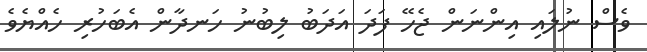
ވެސް ނުލައި އިންނަން ޖެހޭ ފަދަ އަދަބު ލިބުނު ހަނދާން އެބަހުރި ހެއްޔެވެ